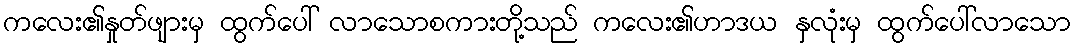
ကလေး၏နှုတ်ဖျားမှ ထွက်ပေါ် လာသောစကားတို့သည် ကလေး၏ဟာဒယ နှလုံးမှ ထွက်ပေါ်လာသော